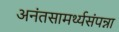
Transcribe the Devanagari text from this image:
अनंतसामर्थ्यसंपन्ना